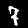
Label: 7